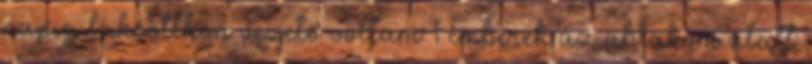
napig lakóotthon vezető voltam 1 emberek az ablakom alatt